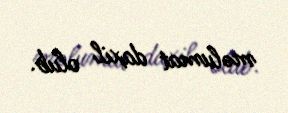
məlumat daxil olub.